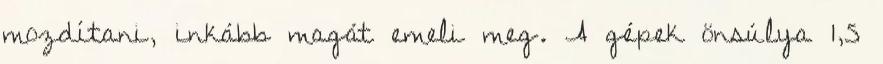
mozdítani, inkább magát emeli meg. A gépek önsúlya 1,5